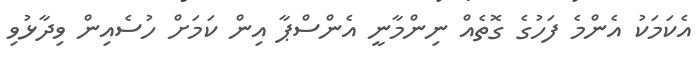
އެކަމަކު އެންމެ ފަހުގެ ގޮތެއް ނިންމާނީ އެންސްޕާ އިން ކަމަށް ހުސެއިން ވިދާޅުވި